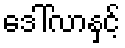
ဒေါ်လာနှင့်